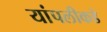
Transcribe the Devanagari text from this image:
यांपलीकडे